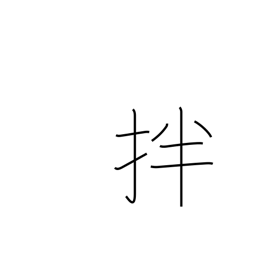
Meaning: stir and mix